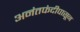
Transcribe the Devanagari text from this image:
अनंतफंदीपासून